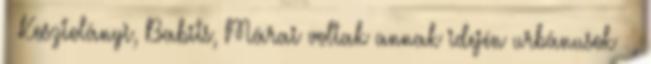
– Kosztolányi, Babits, Márai voltak annak idején urbánusok –,